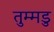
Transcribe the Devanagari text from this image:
तुम्मडु